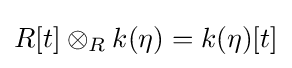
R[t]\otimes _{R}k(\eta )=k(\eta )[t]